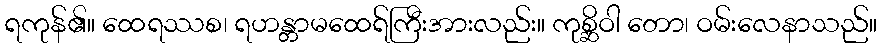
ရကုန်၏။ ထေရဿစ၊ ရဟန္တာမထေရ်ကြီးအားလည်း။ ကုစ္ဆိဝါ တော၊ ဝမ်းလေနာသည်။